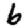
Digit: 6